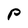
Character: p